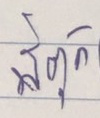
พี่ตุ๊ก